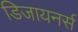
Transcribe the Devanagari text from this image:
डिजायनर्स